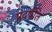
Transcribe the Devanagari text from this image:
प्रदर्षीत